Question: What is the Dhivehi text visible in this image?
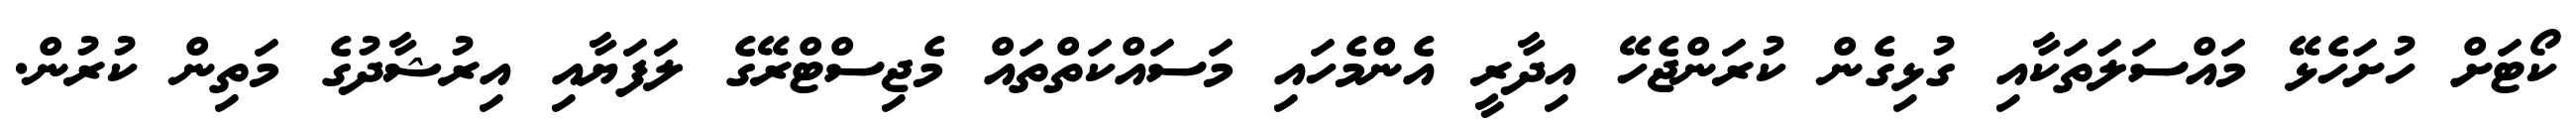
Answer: ކޯޓަށް ހުށަހެޅޭ މައްސަލަތަކާއި ގުޅިގެން ކުރަންޖެހޭ އިދާރީ އެންމެހައި މަސައްކަތްތައް މެޖިސްޓްރޭގެ ލަފަޔާއި އިރުޝާދުގެ މަތިން ކުރުން.